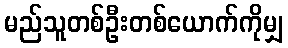
မည်သူတစ်ဦးတစ်ယောက်ကိုမျှ